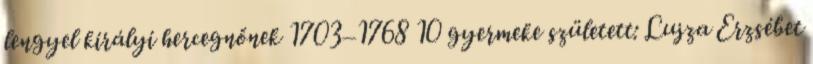
lengyel királyi hercegnőnek 1703–1768 10 gyermeke született: Lujza Erzsébet